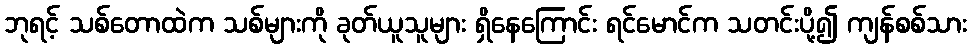
ဘုရင့် သစ်တောထဲက သစ်များကို ခုတ်ယူသူများ ရှိနေကြောင်း ရင်မောင်က သတင်းပို့၍ ကျန်စစ်သား